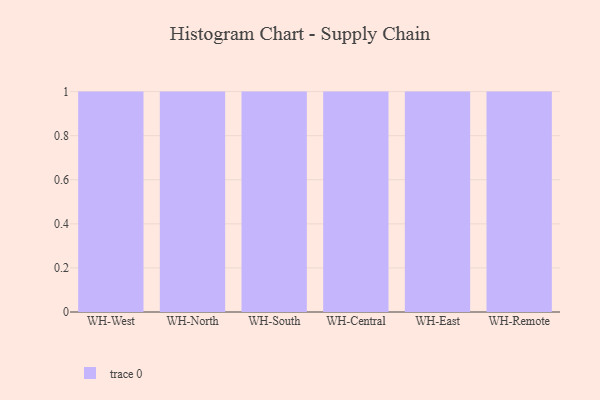
{"axis": {"x": "Warehouse", "y": "Churn Rate (%)"}, "legend": [""], "data": [{"x": "WH-West", "y": 80, "type": ""}, {"x": "WH-North", "y": 55, "type": ""}, {"x": "WH-South", "y": 92, "type": ""}, {"x": "WH-Central", "y": 82, "type": ""}, {"x": "WH-East", "y": 91, "type": ""}, {"x": "WH-Remote", "y": 33, "type": ""}]}